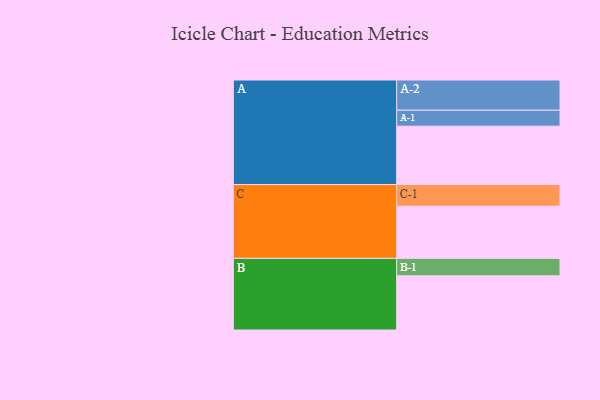
{"axis": {"x": "Segment", "y": "Value"}, "legend": ["", "A", "B", "C"], "data": [{"x": "A", "y": 562, "type": ""}, {"x": "B", "y": 522, "type": ""}, {"x": "C", "y": 503, "type": ""}, {"x": "A-1", "y": 154, "type": "A"}, {"x": "A-2", "y": 291, "type": "A"}, {"x": "B-1", "y": 168, "type": "B"}, {"x": "C-1", "y": 208, "type": "C"}]}